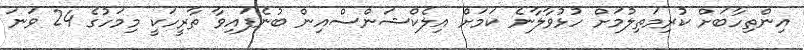
އިންތިހާބަށް ކުރިމަތިލުމަށް ހުޅުވާލާނެ ކަމަށް އިލެކްޝަންސްއިން ބުނެފައިވާ ތާރީހަކީ މިމަހުގެ 24 ވަނަ